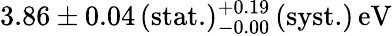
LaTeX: {3.86\pm 0.04\, (\mathrm{stat.})_{-0.00}^{+0.19}\, (\mathrm{syst.})\, \mathrm{eV}}